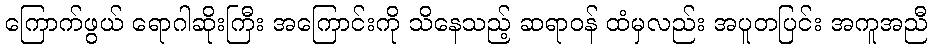
ကြောက်ဖွယ် ရောဂါဆိုးကြီး အကြောင်းကို သိနေသည့် ဆရာဝန် ထံမှလည်း အပူတပြင်း အကူအညီ